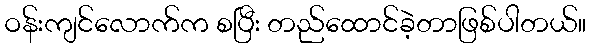
ဝန်းကျင်လောက်က စပြီး တည်ထောင်ခဲ့တာဖြစ်ပါတယ်။